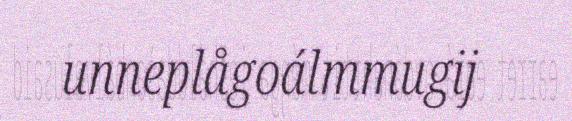
unneplågoálmmugij